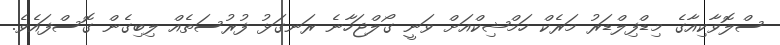
ސްލޮވާކިއާގެ މިޑްފިލްޑަރު މަރެކް ހަމްޝިކްއަށް ވަނީ ގޯލްޖަހާނެ ރަނގަޅު ފުރުސަތެއް ލިބިގެން ގޮސްފައެވެ.